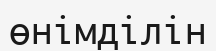
өнімділін